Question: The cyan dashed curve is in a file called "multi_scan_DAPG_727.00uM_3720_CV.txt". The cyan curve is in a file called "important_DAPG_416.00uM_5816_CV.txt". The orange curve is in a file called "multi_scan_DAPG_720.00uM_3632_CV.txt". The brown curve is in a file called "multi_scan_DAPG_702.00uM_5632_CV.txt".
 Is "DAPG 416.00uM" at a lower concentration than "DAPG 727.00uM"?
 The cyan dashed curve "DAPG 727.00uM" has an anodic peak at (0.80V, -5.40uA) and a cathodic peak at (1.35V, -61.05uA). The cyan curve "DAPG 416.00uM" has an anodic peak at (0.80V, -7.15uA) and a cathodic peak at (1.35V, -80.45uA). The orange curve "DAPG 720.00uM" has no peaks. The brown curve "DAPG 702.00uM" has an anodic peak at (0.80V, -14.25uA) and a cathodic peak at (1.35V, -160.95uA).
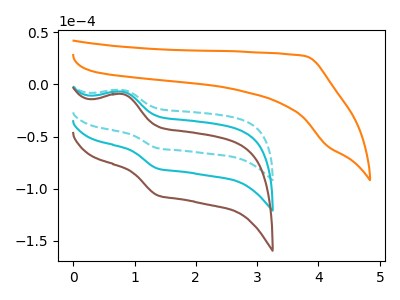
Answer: <think>All the peaks in "DAPG 727.00uM" have a peak in "DAPG 416.00uM" at the same potential.
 </think>
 <answer>I cant tell if "DAPG 727.00uM" or "DAPG 416.00uM" has higher concentration.</answer>
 <eval>mixed_concentration</eval>